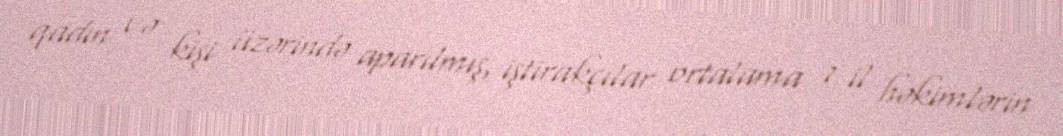
qadın və kişi üzərində aparılmış, iştirakçılar ortalama 7 il həkimlərin